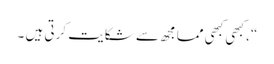
“، کبھی کبھی مما مجھ سے شکایت کرتی ہیں ۔